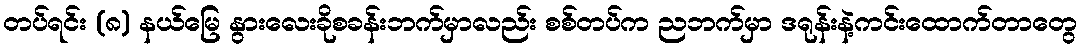
တပ်ရင်း (၈) နယ်မြေ နွားလေးခိုစခန်းဘက်မှာလည်း စစ်တပ်က ညဘက်မှာ ဒရုန်းနဲ့ကင်းထောက်တာတွေ